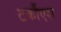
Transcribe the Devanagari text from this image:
टर्कौएश